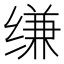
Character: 缣